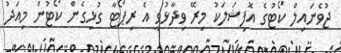
ޖުވެނައިލް ކޯޓުގެ އޮފިޝަލަކު މިރޭ ވިދާޅުވީ އެ ރިޕޯޓާ ގުޅިގެން ކޯޓުން މިއަދު